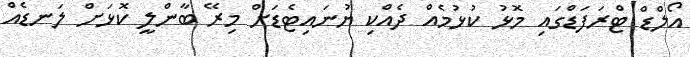
އޯލްޑް ޓްރަފަޑްގައި މޮޅު ކުޅުމެއް ދެއްކި ޔުނައިޓެޑަށް މިރޭ ބާންލީ ކޮޅަށް ލަނޑެއް